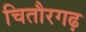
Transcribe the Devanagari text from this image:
चितौरगढ़